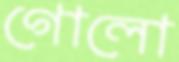
গোলো